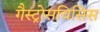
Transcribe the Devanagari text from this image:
गैस्ट्रोसचिसिस